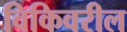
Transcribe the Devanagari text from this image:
विकिवरील